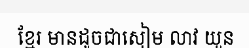
ខ្មែរ មានដូចជាសៀម លាវ យួន